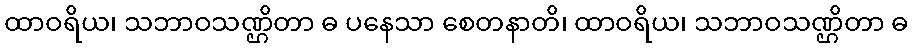
ထာဝရိယ၊ သဘာဝသဏ္ဌိတာ ဓ ပနေသာ စေတနာတိ၊ ထာဝရိယ၊ သဘာဝသဏ္ဌိတာ ဓ